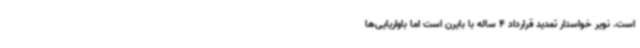
است. نویر خواستار تمدید قرارداد 4 ساله با بایرن است اما باواریایی‌ها